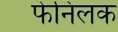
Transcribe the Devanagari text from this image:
फेनिलक